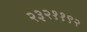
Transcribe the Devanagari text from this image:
२३२११९२